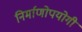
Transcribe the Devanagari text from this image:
निर्माणोपयोगी